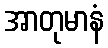
အာတုမာနံ